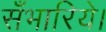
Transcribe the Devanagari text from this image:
सँभारिये।